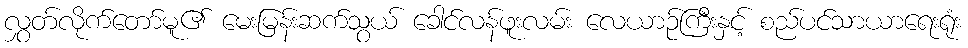
လွှတ်လိုက်တော်မူ၏ မေးမြန်းဆက်သွယ် ခေါင်လန်ဖူးလမ်း လေယာဉ်ကြီးနှင့် စည်ပင်သာယာရေးရုံး